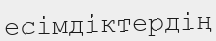
есімдіктердің